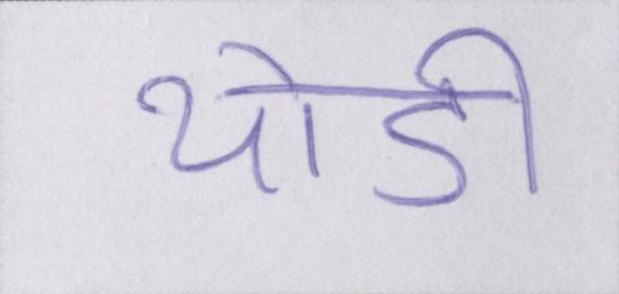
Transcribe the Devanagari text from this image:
थोड़ी